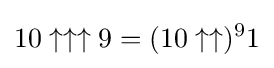
10\uparrow \uparrow \uparrow 9=(10\uparrow \uparrow )^{9}1